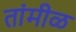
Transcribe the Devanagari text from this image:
तांमीळ